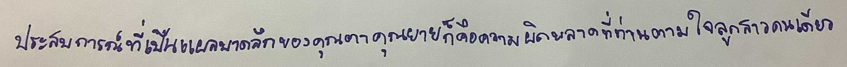
ประสบการณ์ที่เป็นแผลบาดลึกของคุณตาคุณยายก็คือความผิดพลาดที่ท่านตามใจลูกสาวคนเดียว